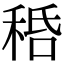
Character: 𥞸